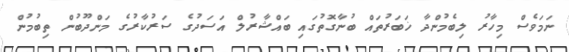
ނަމަވެސް މިހާރު ލިބެމުންދާ ޚަބަރުތައް ބުނާގޮތުގައި ބައްޝާރުލް އަސަދުގެ ސަރުކާރުގެ މަންދޫބުން ތިބުމުން